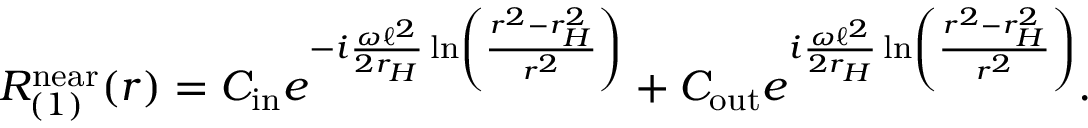
R _ { ( 1 ) } ^ { \mathrm { n e a r } } ( r ) = C _ { \mathrm { i n } } e ^ { - i \frac { \omega \ell ^ { 2 } } { 2 r _ { H } } \ln \left( \frac { r ^ { 2 } - r _ { H } ^ { 2 } } { r ^ { 2 } } \right) } + C _ { \mathrm { o u t } } e ^ { i \frac { \omega \ell ^ { 2 } } { 2 r _ { H } } \ln \left( \frac { r ^ { 2 } - r _ { H } ^ { 2 } } { r ^ { 2 } } \right) } .